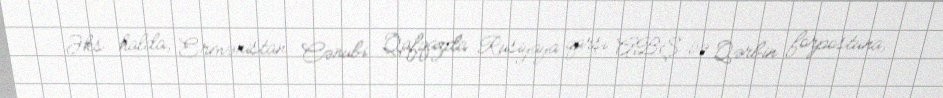
Əks halda, Ermənistan Cənubi Qafqazda Rusiyaya qarşı ABŞ və Qərbin forpostuna,